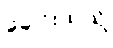
ခေါင်းထဲသို့